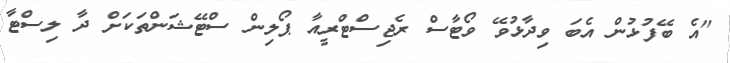
"އެ ބޭފުޅުން އެބަ ވިދާޅުވޭ ވޯޓާސް ރެޖިސްޓްރީއާ ޕޯލިން ސްޓޭޝަންތަކަށް ދާ ލިސްޓާ